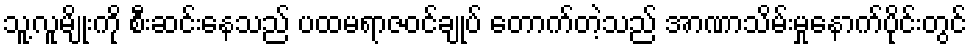
သူ့လူမျိုးကို စီးဆင်းနေသည် ပထမရာဇဝင်ချုပ် တောက်တဲ့သည် အာဏာသိမ်းမှုနောက်ပိုင်းတွင်